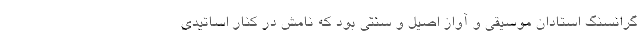
گرانسنگ استادان موسیقی و آواز اصیل و سنتی بود که نامش در کنار اساتیدی